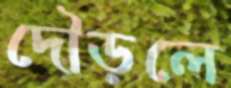
দৌড়লে